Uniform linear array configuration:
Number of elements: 32
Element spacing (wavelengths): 0.5
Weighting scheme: cosine
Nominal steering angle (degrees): -15
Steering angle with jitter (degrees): -15.457
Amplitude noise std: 0.05
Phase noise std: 0.05

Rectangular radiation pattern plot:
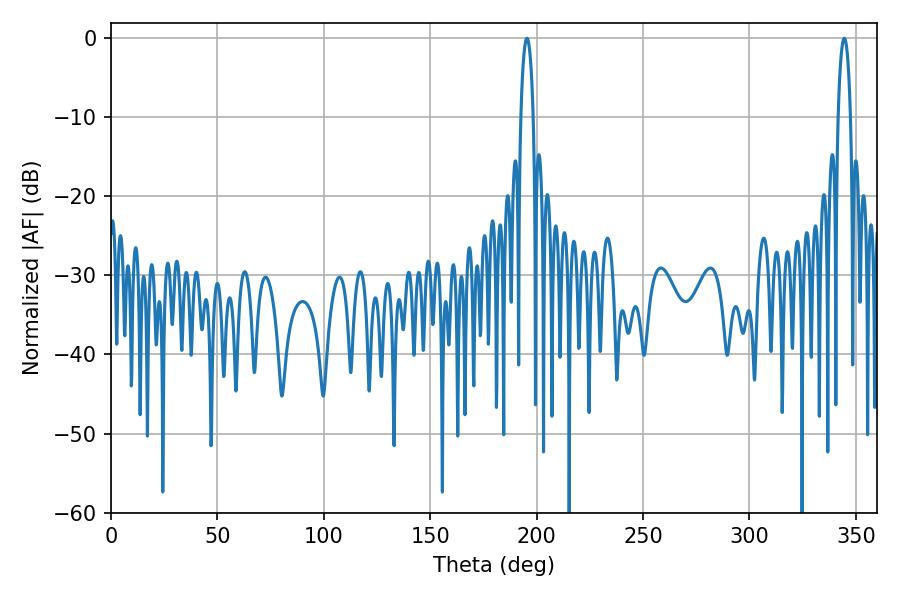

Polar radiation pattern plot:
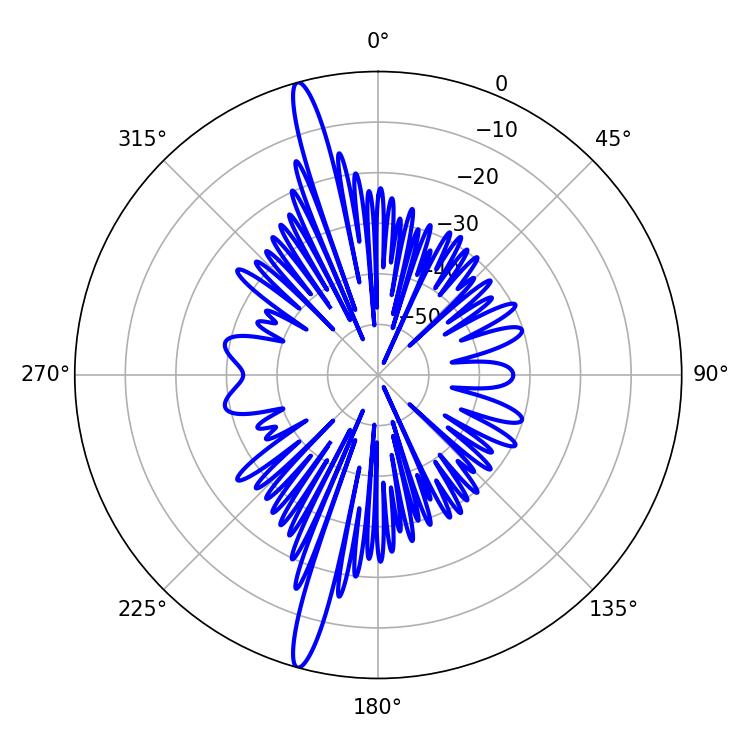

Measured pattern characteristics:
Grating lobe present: FALSE
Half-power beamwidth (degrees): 3.24
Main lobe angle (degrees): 195.48